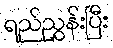
ရည်ညွှန်းပြီး